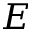
E